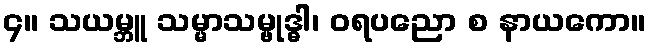
၄။ သယမ္ဘူ သမ္မာသမ္ဗုဒ္ဓါ၊ ဝရပညော စ နာယကော။